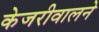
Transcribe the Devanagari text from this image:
केजरीवालने